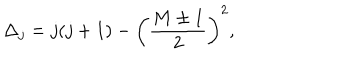
LaTeX: \Delta _ { j } = j ( j + 1 ) - \left( { \frac { M \pm 1 } { 2 } } \right) ^ { 2 } ,